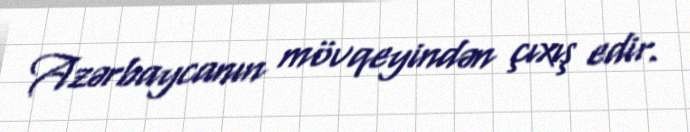
Azərbaycanın mövqeyindən çıxış edir.